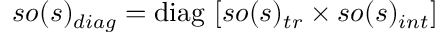
s o ( s ) _ { d i a g } = \mathrm { d i a g } ~ [ s o ( s ) _ { t r } \times s o ( s ) _ { i n t } ]